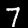
Label: 7